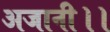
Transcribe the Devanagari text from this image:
अजानी।।